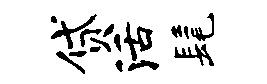
贷活髦